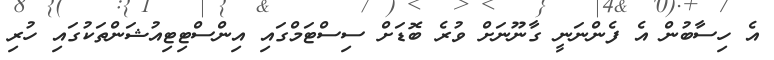
އެ ހިސާބުން އެ ފެންނަނީ ގާނޫނަށް ވުރެ ބޮޑަށް ސިސްޓަމްގައި އިންސްޓިޓިއުޝަންތަކުގައި ހުރި